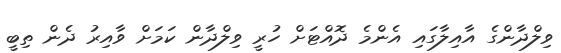
ވިލްދާންގެ އާއިލާގައި އެންމެ ދޮއްޓަށް ހުރީ ވިލްދާން ކަމަށް ވާއިރު ދެން ތިބީ